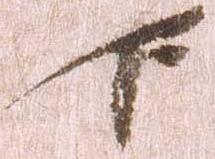
下